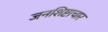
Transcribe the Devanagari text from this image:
जनशिष्टाचार